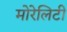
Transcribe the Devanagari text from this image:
मोरेलिटी